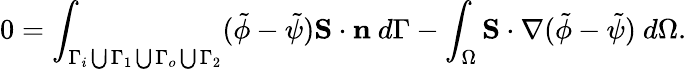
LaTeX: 0=\int_{\Gamma_{i}\bigcup\Gamma_{1}\bigcup\Gamma_{o}\bigcup\Gamma_{2}}(\tilde{\phi}-\tilde{\psi})\mathbf{S}\cdot\mathbf{n}~d\Gamma-\int_{\Omega}\mathbf{S}\cdot\nabla(\tilde{\phi}-\tilde{\psi})~d\Omega.